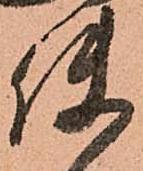
使